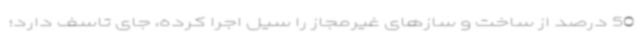
50 درصد از ساخت و سازهای غیرمجاز را سیل اجرا کرده، جای تاسف دارد؛